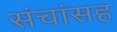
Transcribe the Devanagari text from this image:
संचांसह